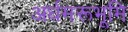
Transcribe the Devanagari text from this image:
अर्धमरूभूमि